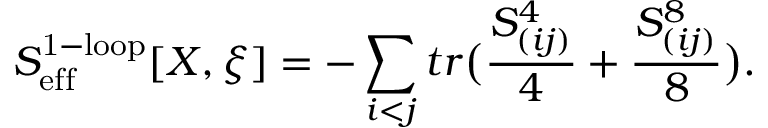
S _ { \mathrm { e f f } } ^ { \mathrm { 1 - l o o p } } [ X , \xi ] = - \sum _ { i < j } t r \bigl ( \frac { S _ { ( i j ) } ^ { 4 } } { 4 } + \frac { S _ { ( i j ) } ^ { 8 } } { 8 } \bigr ) .